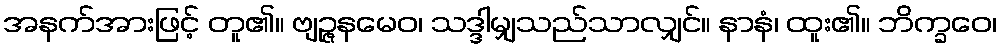
အနက်အားဖြင့် တူ၏။ ဗျဉ္ဇနမေဝ၊ သဒ္ဒါမျှသည်သာလျှင်။ နာနံ၊ ထူး၏။ ဘိက္ခဝေ၊